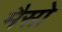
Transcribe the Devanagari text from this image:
मैसो